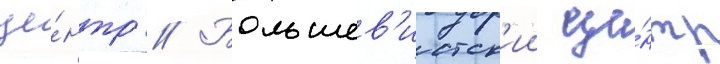
це́нтр // Большев'истск'ии це́нтр